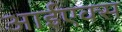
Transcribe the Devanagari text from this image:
आईएक्स